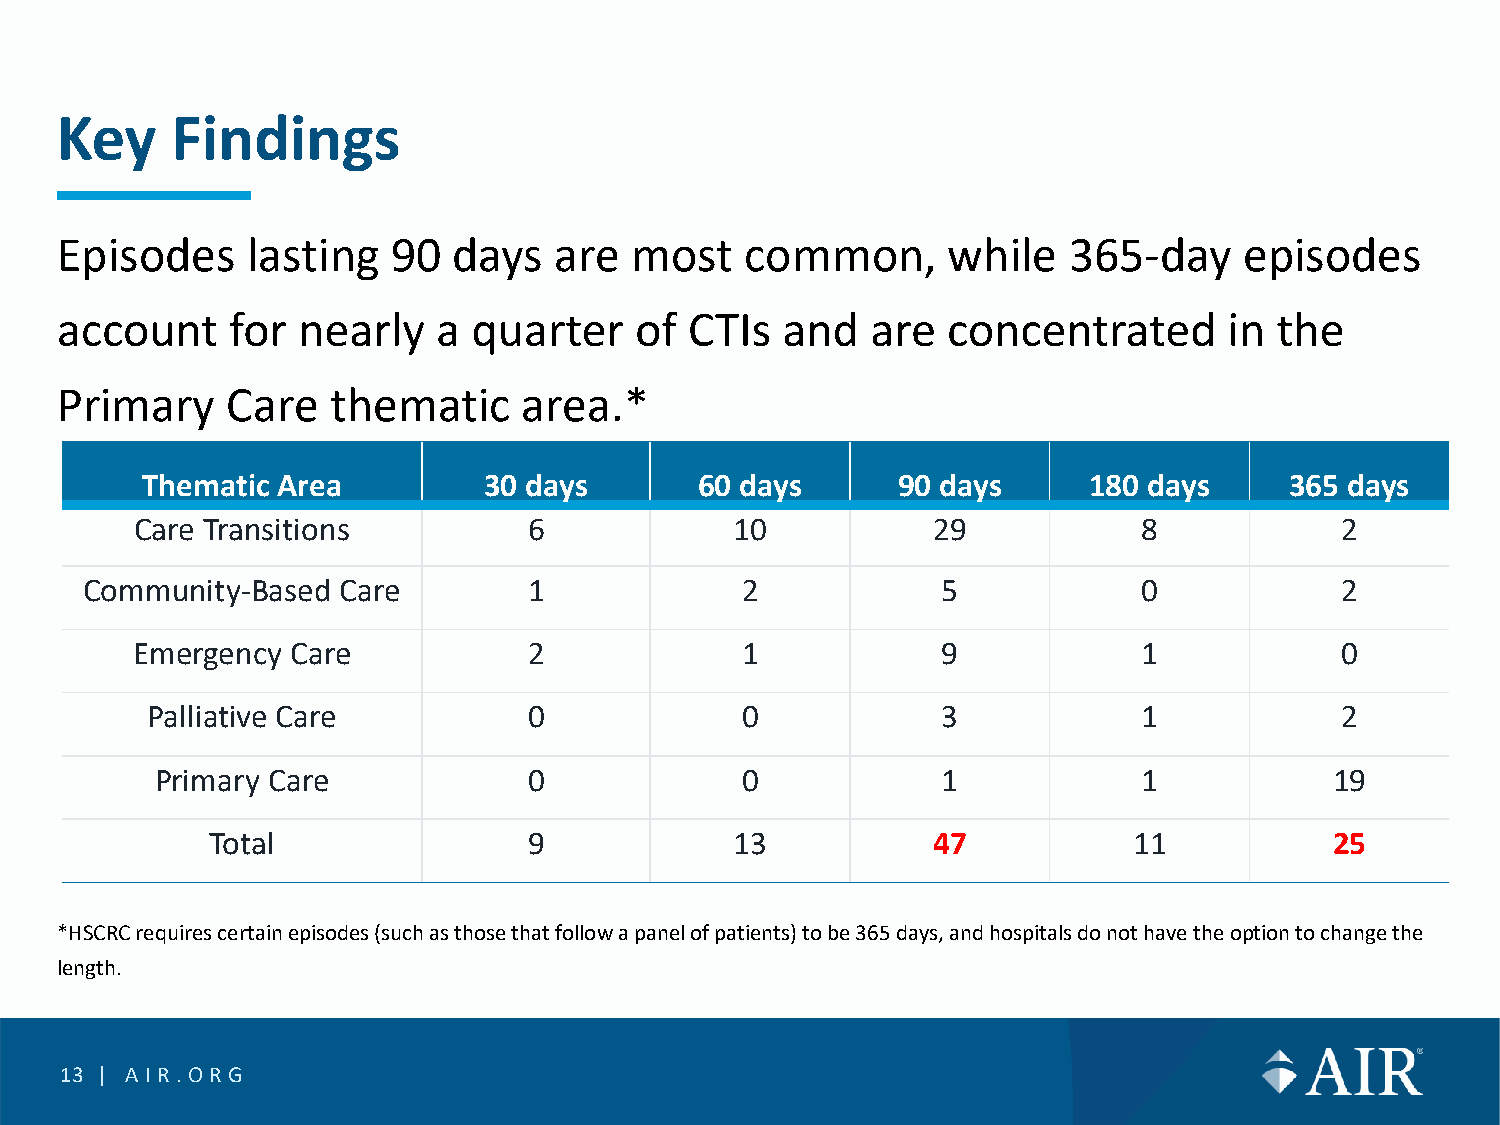
Key    Findings
 Episodes    lasting   90  days   are  most   common,       while   365-day    episodes
 account    for  nearly   a quarter    of  CTIs  and   are  concentrated      in  the
 Primary    Care   thematic     area.*
 Thematic Area          30 days       60 days      90 days      180 days     365 days
 Care Transitions          6             10           29            8            2
 Community-Based Care         1             2            5             0            2
 Emergency Care            2             1            9             1            0
 Palliative Care          0             0            3             1            2
 Primary Care             0             0            1             1           19
 Total                9             13           47           11           25
 *HSCRC requires certain episodes (such as those that follow a panel of patients) to be 365 days, and hospitals do not have the option to change the
 length.
 13 | AIR.O RG